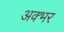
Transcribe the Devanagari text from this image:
अक्भर